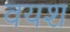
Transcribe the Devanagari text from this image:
वयश